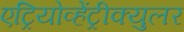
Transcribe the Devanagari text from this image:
एट्रियोव्हेंट्रीक्युलर